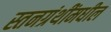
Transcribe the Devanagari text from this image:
स्तनग्रंथींमधील